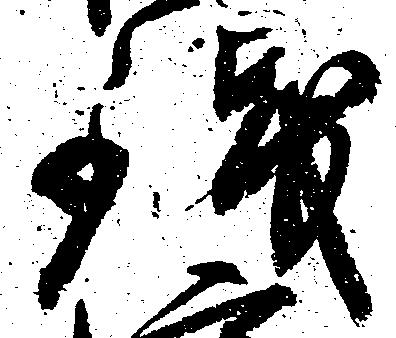
銭